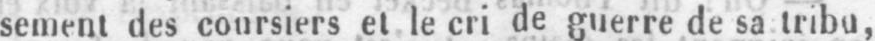
sement des coursiers et le cri de guerre de sa tribu,